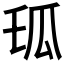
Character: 𤫪